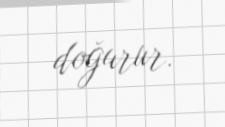
doğurur.